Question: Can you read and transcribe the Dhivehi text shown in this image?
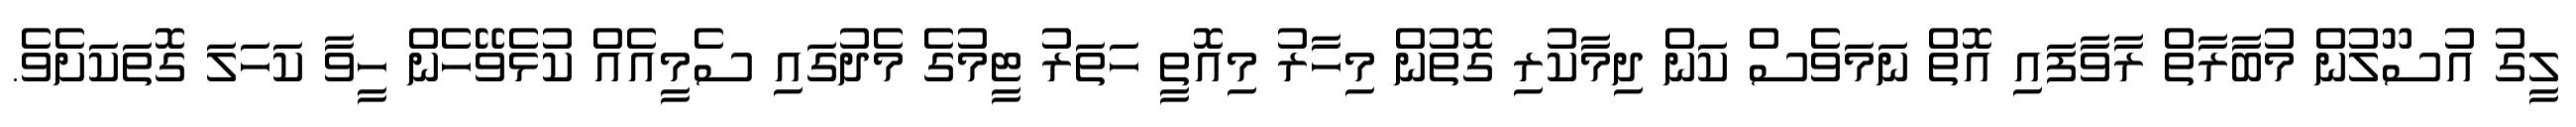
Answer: ލީގު އުސޫލުން މުބާރާތް ރާވާފައި އޮތް ނަމަވެސް ކަން ދިމާކުރި ގޮތުން މިހާރު މިއޮތީ ހަތަރު ޓީމުގެ މެދުގައި ސެމީއެއް ކުޅެވޭހެން ހީވާ ކަހަލަ ގޮތަކަށެވެ.